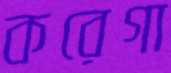
করেগা